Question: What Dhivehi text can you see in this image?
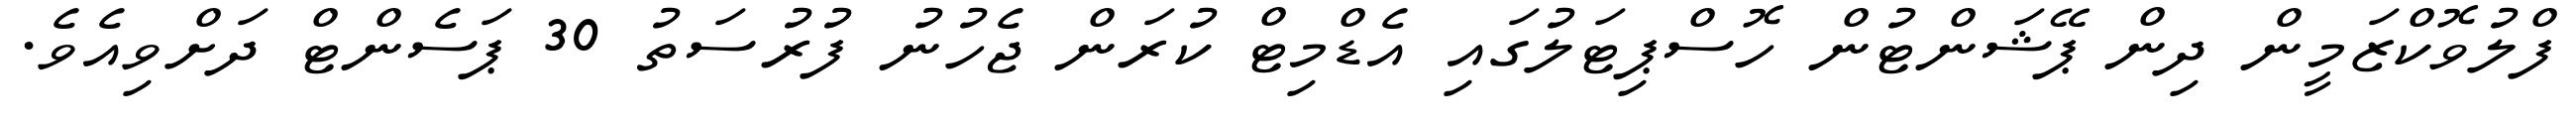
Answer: ފްލުވޮކްޒަމީން ދިން ޕޭޝަންޓުން ހޮސްޕިޓަލުގައި އެޑްމިޓް ކުރަން ޖެހުނު ފުރުސަތު 30 ޕަސެންޓް ދަށްވިއެވެ.